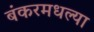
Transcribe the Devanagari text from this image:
बंकरमधल्या